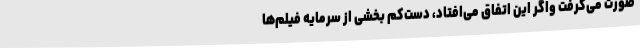
صورت می‌گرفت واگر این اتفاق می‌افتاد، دست‌کم بخشی از سرمایه فیلم‌ها